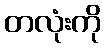
တလုံးကို